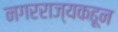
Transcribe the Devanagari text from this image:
नगरराज्यकढून